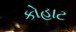
કોહાટ